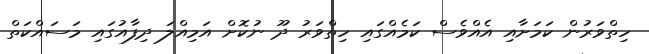
ހިތްވަރުން ކަމަށާއި އެއްވެސް ކަމެއްގައި ހިތްވަރު ދޫ ނުކޮށް އަމިއްލަ ދިފާއުގައި މަސައްކަތް